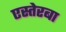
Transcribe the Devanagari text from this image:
एस्तेरबा